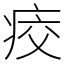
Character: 𤶀